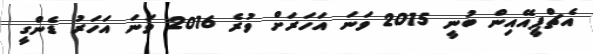
އެޗްޕީއޭއިން ބުނީ 2015 ވަނަ އަހަރަށް ވުރެ 2016 ވަނަ އަހަރު ޑެންގީ